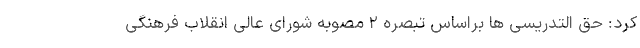
کرد: حق التدریسی ها براساس تبصره ٢ مصوبه شورای عالی انقلاب فرهنگی